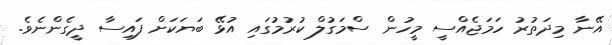
އޭނާ މިދަތުރު ހަމަޖެއްސީ މީހުން ސްމަގުލް ކުރުމުގައި އުޅޭ ބަޔަކަށް ފައިސާ ދީގެންނެވެ.